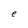
Character: e